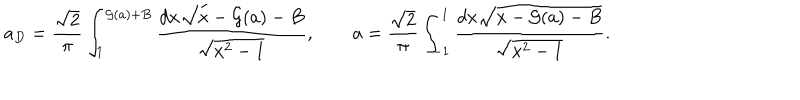
a _ { D } = { \frac { \sqrt 2 } { \pi } } \int _ { 1 } ^ { { \cal G } ( a ) + B } { \frac { d x \sqrt { x - { \cal G } ( a ) - B } } { \sqrt { x ^ { 2 } - 1 } } } , \qquad a = { \frac { \sqrt 2 } { \pi } } \int _ { - 1 } ^ { 1 } { \frac { d x \sqrt { x - { \cal G } ( a ) - B } } { \sqrt { x ^ { 2 } - 1 } } } .